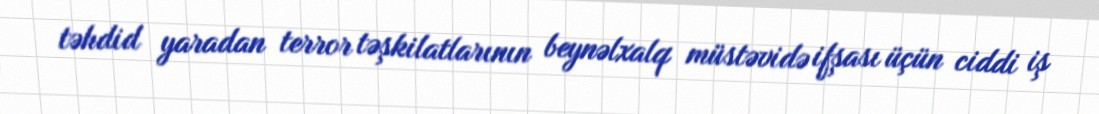
təhdid yaradan terror təşkilatlarının beynəlxalq müstəvidə ifşası üçün ciddi iş